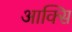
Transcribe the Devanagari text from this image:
आक्सि